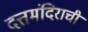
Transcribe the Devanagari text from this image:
दत्तमंदिराची